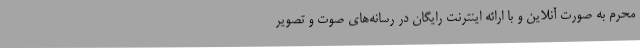
محرم به صورت آنلاین و با ارائه اینترنت رایگان در رسانه‌های صوت و تصویر